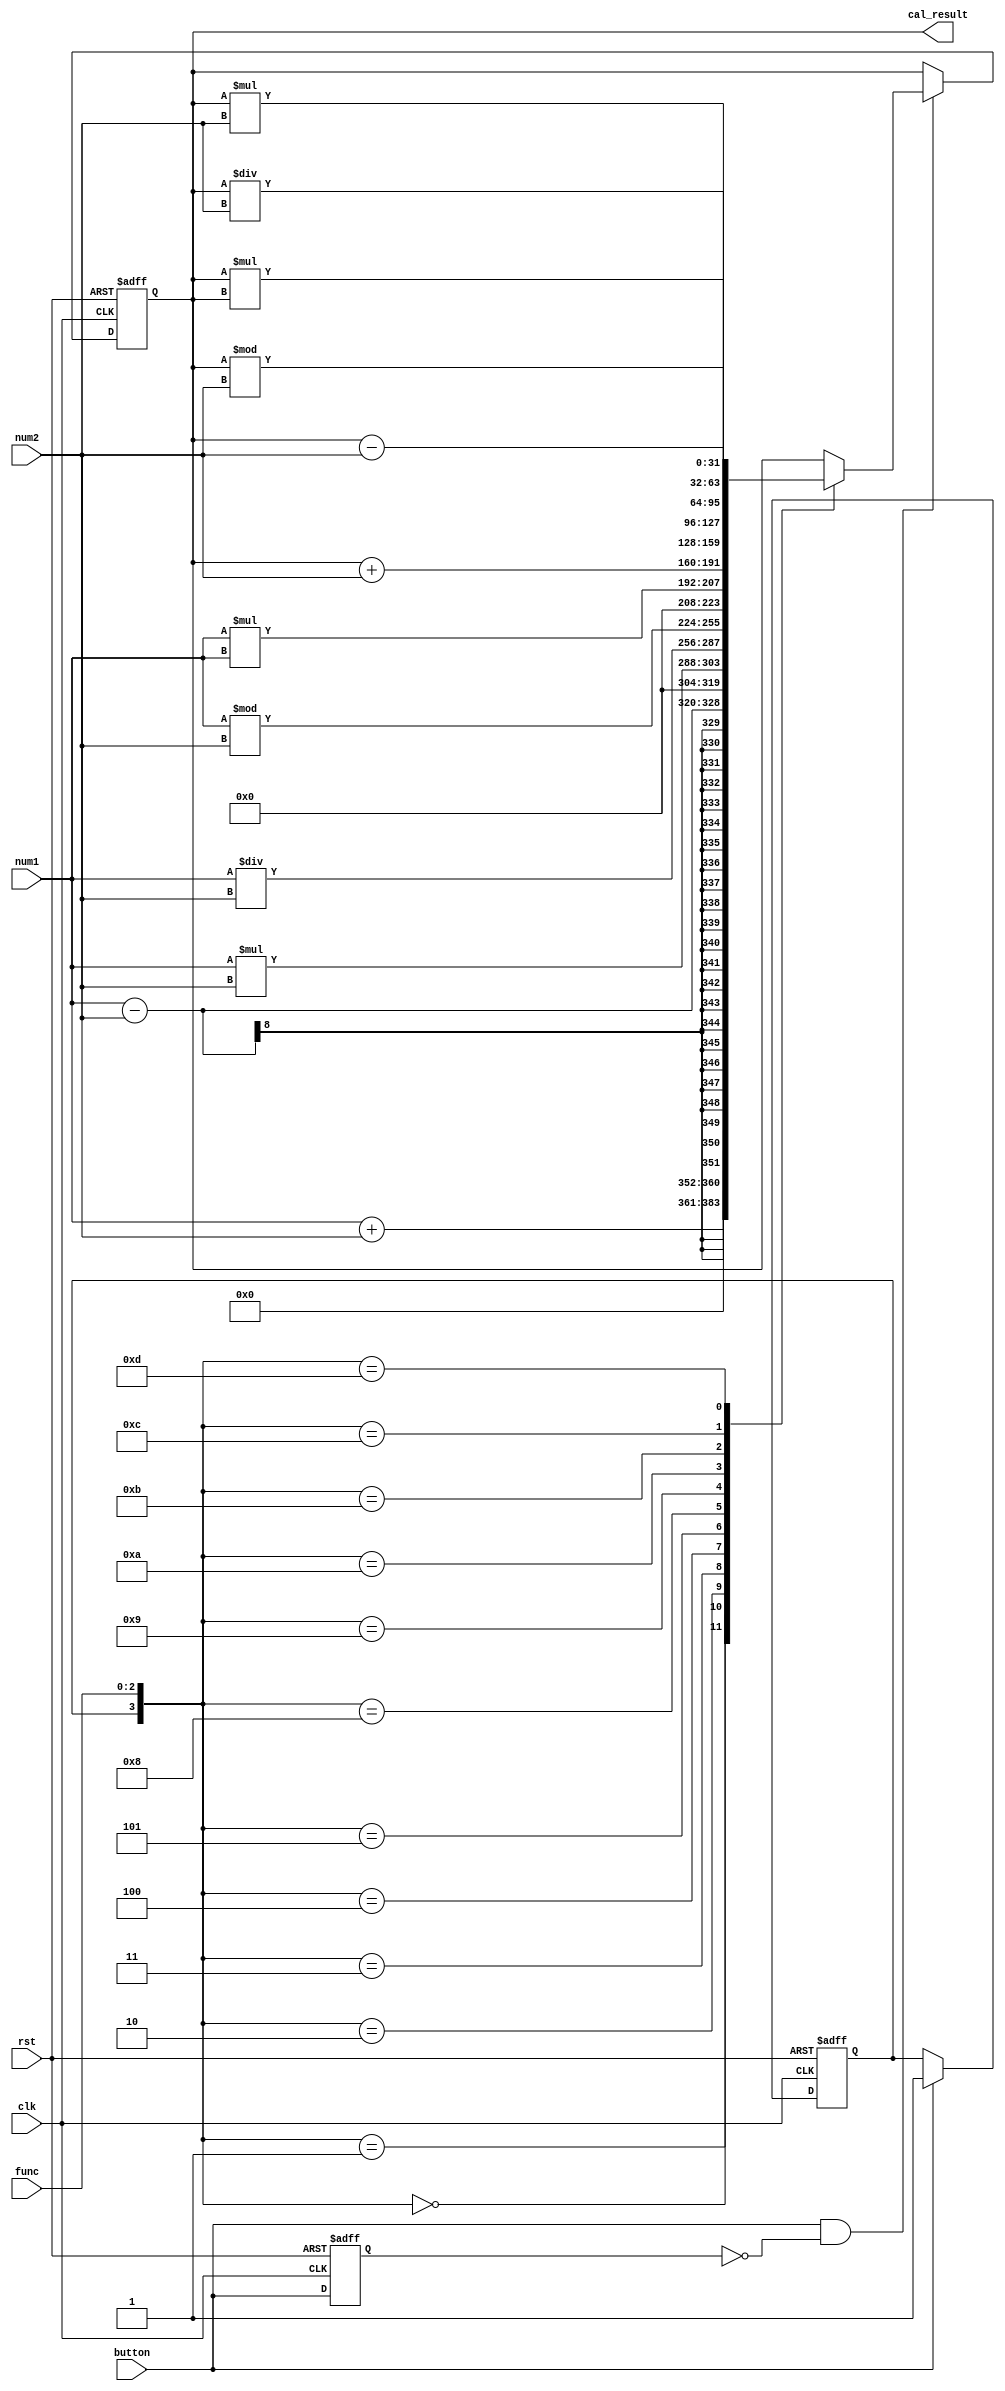
`timescale 1ns / 1ps
/*
    
    20mhz
    button
    num1num2func
    
*/
module calculator_hex(
    input clk,
    input rst,
    input button,
    input [7:0]num1,
    input [7:0]num2,
    input [2:0]func,
    output reg [31:0]cal_result
    );

    // flag
    reg flag;
    always @(posedge clk or posedge rst) begin
        if(rst)
            flag <= 1'b0;
        else if(button)
            flag <= 1'b1;
        else;
    end

    // buttonreg
    reg button_pos;
    always @(posedge clk or posedge rst) begin
        if(rst)
            button_pos <= 1'b0;
        else
            button_pos <= button;
    end

    // 
    always @(negedge clk or posedge rst) begin
        if(rst)
            cal_result <= 32'b0;
        else if(button&&!button_pos)
        begin
            // 
            case({flag,func})
                4'b0000: cal_result <= num1 + num2;
                4'b0001: cal_result <= num1 - num2;
                4'b0010: cal_result <= num1 * num2;
                4'b0011: cal_result <= num1 / num2;
                4'b0100: cal_result <= num1 % num2;
                4'b0101: cal_result <= num1 * num1;
                4'b1000: cal_result <= cal_result + num2;
                4'b1001: cal_result <= cal_result - num2;
                4'b1010: cal_result <= cal_result * num2;
                4'b1011: cal_result <= cal_result / num2;
                4'b1100: cal_result <= cal_result % num2;
                4'b1101: cal_result <= cal_result * cal_result;
            endcase
        end
        else;
    end
endmodule